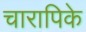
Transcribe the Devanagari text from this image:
चारापिके